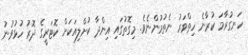
ހަނގުރާމަ ކުރާނެ ހިތްވަރު ނެތުމުންނެވެ. މިގޮތުގައި އިންދާ ކުށްލިއަކަށް ކޮޓަރީގެ ދޮރު ހުޅުވުނު